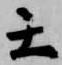
壬